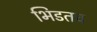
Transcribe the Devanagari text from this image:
भिडतच